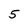
Character: 5